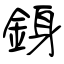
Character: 銵